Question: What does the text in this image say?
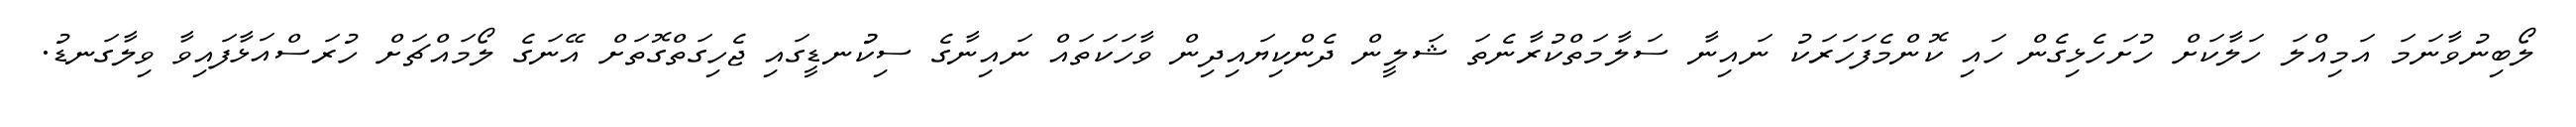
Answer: ލޯބިނުވާނަމަ އަމިއްލަ ހަލާކަށް ހުށަހެޅިގެން ހައި ކޮންމެފަހަރަކު ނައިނާ ސަލާމަތްކުރާނެތަ ޝަލީން ދެންކިޔައިދިން ވާހަކަތައް ނައިނާގެ ސިކުުނޑީގައި ޖެހިގަތްގޮތަށް އޭނަގެ ލޯމައްޗަށް ހުރަސްއަޅާފައިވާ ވިލާގަނޑު.